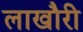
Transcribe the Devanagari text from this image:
लाखौरी